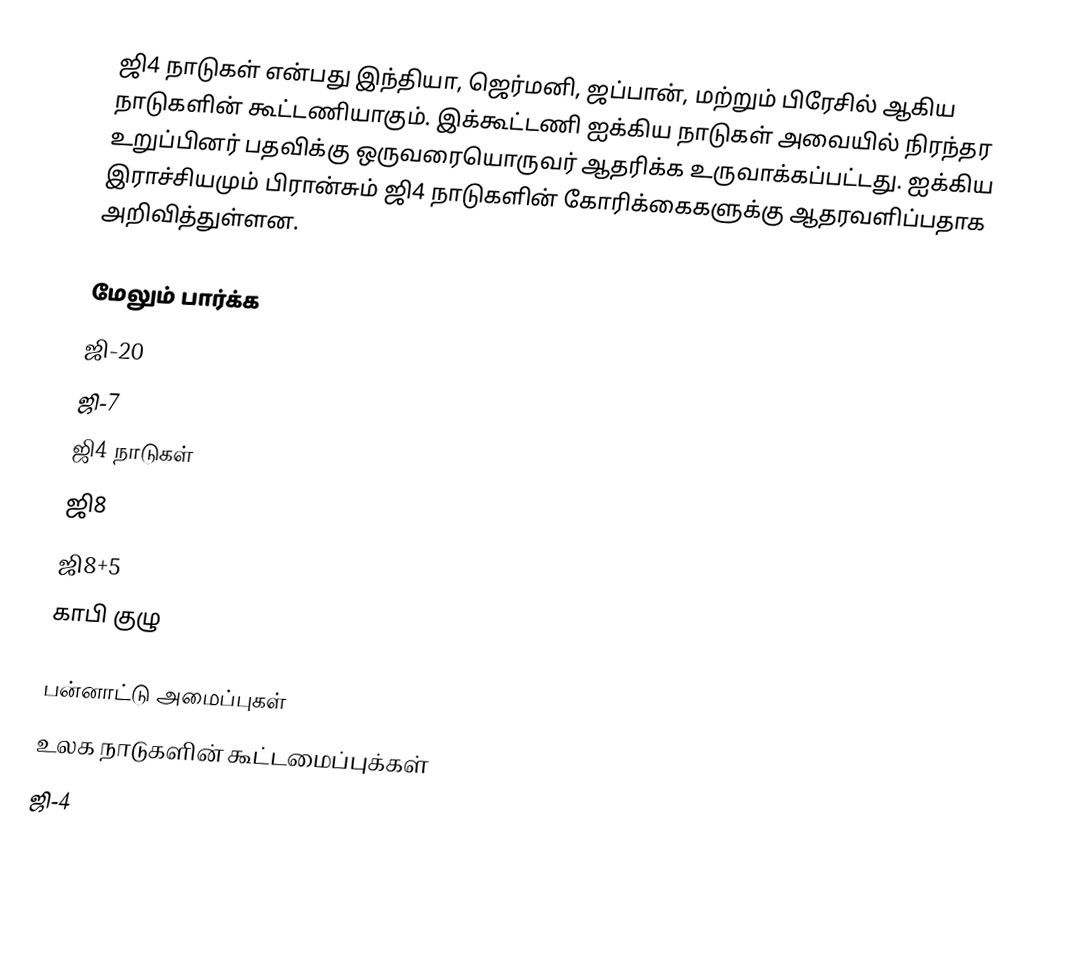
ஜி4 நாடுகள் என்பது இந்தியா, ஜெர்மனி, ஜப்பான், மற்றும் பிரேசில் ஆகிய நாடுகளின் கூட்டணியாகும். இக்கூட்டணி ஐக்கிய நாடுகள் அவையில் நிரந்தர உறுப்பினர் பதவிக்கு ஒருவரையொருவர் ஆதரிக்க உருவாக்கப்பட்டது. ஐக்கிய இராச்சியமும் பிரான்சும் ஜி4 நாடுகளின் கோரிக்கைகளுக்கு ஆதரவளிப்பதாக அறிவித்துள்ளன.

மேலும் பார்க்க
 ஜி-20
 ஜி-7
 ஜி4 நாடுகள்
 ஜி8
 ஜி8+5
 காபி குழு

பன்னாட்டு அமைப்புகள்
உலக நாடுகளின் கூட்டமைப்புக்கள்
ஜி-4